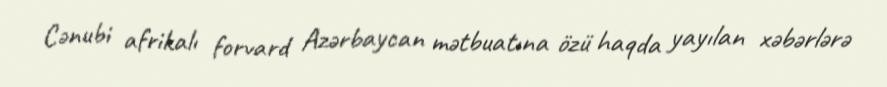
Cənubi afrikalı forvard Azərbaycan mətbuatına özü haqda yayılan xəbərlərə